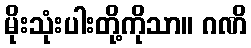
မိုးသုံးပါးတို့ကိုသာ။ ဂဏိ